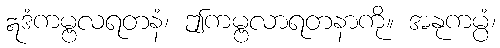
ဣဒံကမ္ဗလရတနံ၊ ဤကမ္ဗလာရတနာကို။ အနုကမ္ပံ၊